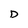
Character: D